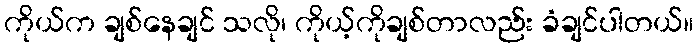
ကိုယ်က ချစ်နေချင် သလို၊ ကိုယ့်ကိုချစ်တာလည်း ခံချင်ပါတယ်။